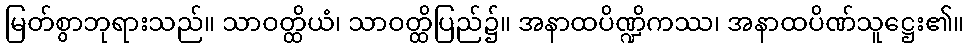
မြတ်စွာဘုရားသည်။ သာဝတ္ထိယံ၊ သာဝတ္ထိပြည်၌။ အနာထပိဏ္ဍိကဿ၊ အနာထပိဏ်သူဋ္ဌေး၏။